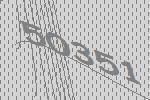
50351